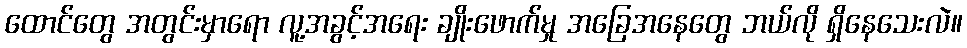
ထောင်တွေ အတွင်းမှာရော လူ့အခွင့်အရေး ချိုးဖောက်မှု အခြေအနေတွေ ဘယ်လို ရှိနေသေးလဲ။